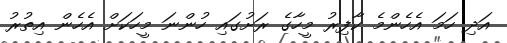
އަދި ހަމަ އެހެންމެ ކާފިރު މީހާގެ ރަށުގައި ހުންނަ މީހަކަށް އެހެން އިތުރު